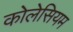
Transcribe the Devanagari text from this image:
कोलेसियम